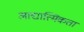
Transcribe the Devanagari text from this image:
आद्यात्मिकता